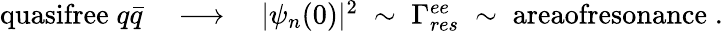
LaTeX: \begin{array}{r}{\textrm{quasifree}\; q\bar{q}\quad\longrightarrow\quad|\psi_{n}(0)|^{2}\; \sim\; \Gamma_{res}^{ee}\; \sim\; \textrm{areaofresonance}\; .}\end{array}